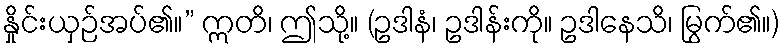
နှိုင်းယှဉ်အပ်၏။” ဣတိ၊ ဤသို့။ (ဥဒါနံ၊ ဥဒါန်းကို။ ဥဒါနေသိ၊ မြွက်၏။)